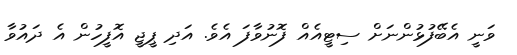
ވަނީ އެބޭފުޅުންނަށް ސިޓީއެއް ފޮނުވާފަ އެވެ. އަދި ޕީޖީ އޮފީހުން އެ ދައުވާ